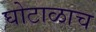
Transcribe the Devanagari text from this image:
घोटाळाच